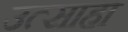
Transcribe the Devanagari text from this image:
उत्साहा